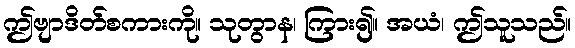
ဤဗျာဒိတ်စကားကို။ သုတွာန၊ ကြား၍။ အယံ၊ ဤသူသည်။